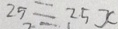
2 5 = 2 5 x